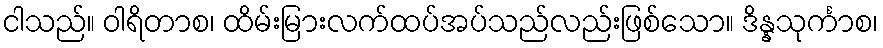
ငါသည်။ ဝါရိတာစ၊ ထိမ်းမြားလက်ထပ်အပ်သည်လည်းဖြစ်သော။ ဒိန္နသုင်္ကာစ၊